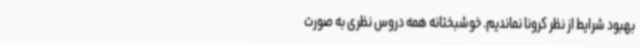
بهبود شرایط از نظر کرونا نماندیم. خوشبختانه همه دروس نظری به صورت